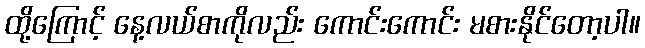
ထို့ကြောင့် နေ့လယ်စာကိုလည်း ကောင်းကောင်း မစားနိုင်တော့ပါ။